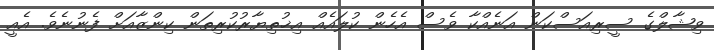
ވިޝާލްގެ ސީރިއަސްކަން އަނެއްކާ ވެސް އެހެން ކުލައެއް އިޚުތިޔާރުކުރިތަން ކިންޒާއަށް ފެނުނެވެ. އެއީ